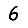
Digit: 6